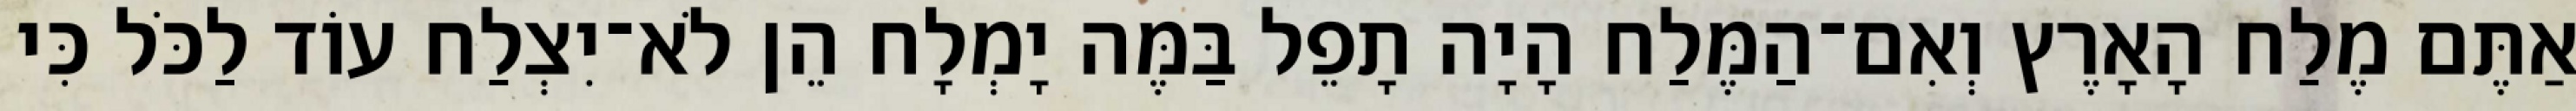
אַתֶּם מֶלַח הָאָרֶץ וְאִם־הַמֶּלַח הָיָה תָפֵל בַּמֶּה יָמְלָח הֵן לֹא־יִצְלַח עוֹד לַכֹּל כִּי